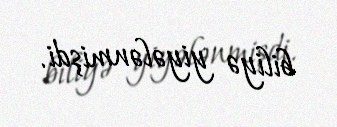
biliyə yiyələnmişdi.